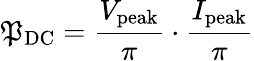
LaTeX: \mathfrak{P}_{\mathrm{{DC}}}={\frac{{V_{\mathrm{{peak}}}}}{{\pi}}}\cdot{\frac{{I_{\mathrm{{peak}}}}}{{\pi}}}